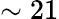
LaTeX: \sim 21